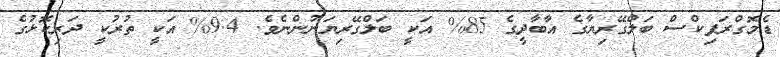
ޑެމޮގްރަފިކްސް ބަލްގޭރިޔާގެ އާބާދީގެ 85% އަކީ ބަލްގޭރިޔަނުންނެވެ. 9.4% އަކީ ތުރުކީ ދަރިކޮޅުގެ